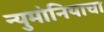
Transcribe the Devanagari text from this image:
न्युमोनियाचा